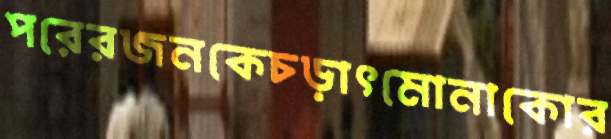
পরেরজনকেচড়াৎমোনাকোর